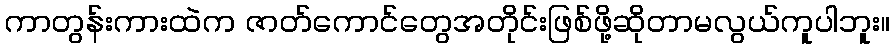
ကာတွန်းကားထဲက ဇာတ်ကောင်တွေအတိုင်းဖြစ်ဖို့ဆိုတာမလွယ်ကူပါဘူး။